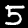
Label: 5